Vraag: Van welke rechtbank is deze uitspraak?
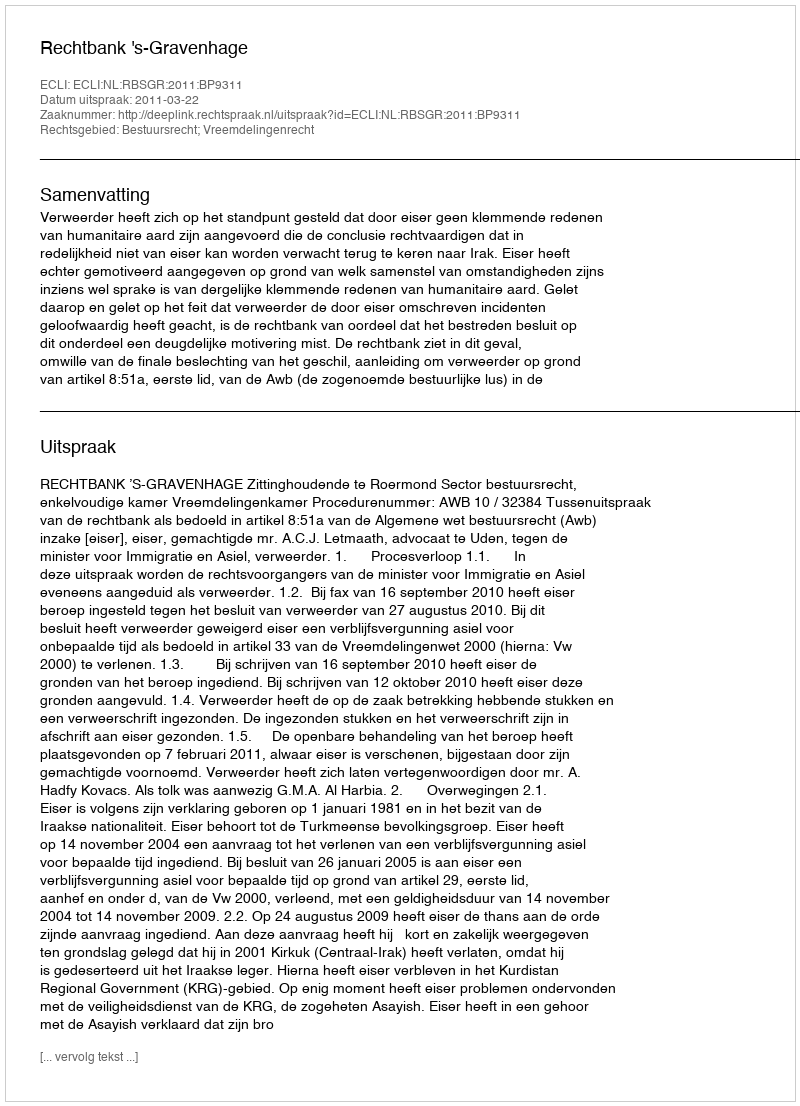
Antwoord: Rechtbank 's-Gravenhage